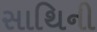
સાથિની